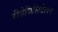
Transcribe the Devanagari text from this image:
रीहेबिलिटेशन